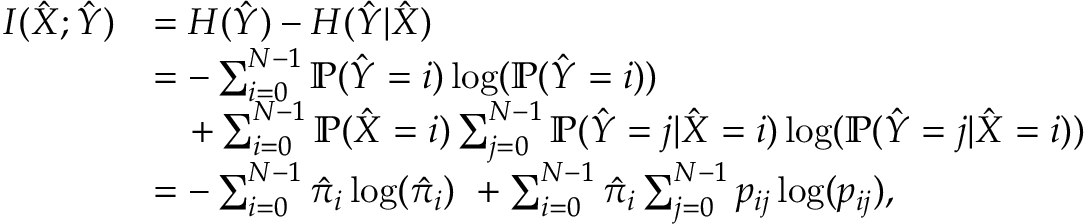
\begin{array} { r l } { I ( \hat { X } ; \hat { Y } ) } & { = H ( \hat { Y } ) - H ( \hat { Y } | \hat { X } ) } \\ & { = - \sum _ { i = 0 } ^ { N - 1 } \mathbb { P } ( \hat { Y } = i ) \log ( \mathbb { P } ( \hat { Y } = i ) ) } \\ & { ~ ~ ~ + \sum _ { i = 0 } ^ { N - 1 } \mathbb { P } ( \hat { X } = i ) \sum _ { j = 0 } ^ { N - 1 } \mathbb { P } ( \hat { Y } = j | \hat { X } = i ) \log ( \mathbb { P } ( \hat { Y } = j | \hat { X } = i ) ) } \\ & { = - \sum _ { i = 0 } ^ { N - 1 } \hat { \pi } _ { i } \log ( \hat { \pi } _ { i } ) ~ + \sum _ { i = 0 } ^ { N - 1 } \hat { \pi } _ { i } \sum _ { j = 0 } ^ { N - 1 } p _ { i j } \log ( p _ { i j } ) , } \end{array}